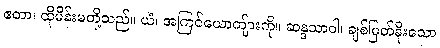
ဧတာ၊ ထိုမိန်းမတို့သည်။ ယံ၊ အကြင်ယောကျ်ားကို။ ဆန္ဒသာဝါ၊ ချစ်မြတ်နိုးသော